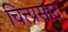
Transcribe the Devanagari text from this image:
चित्त्प्रसाद